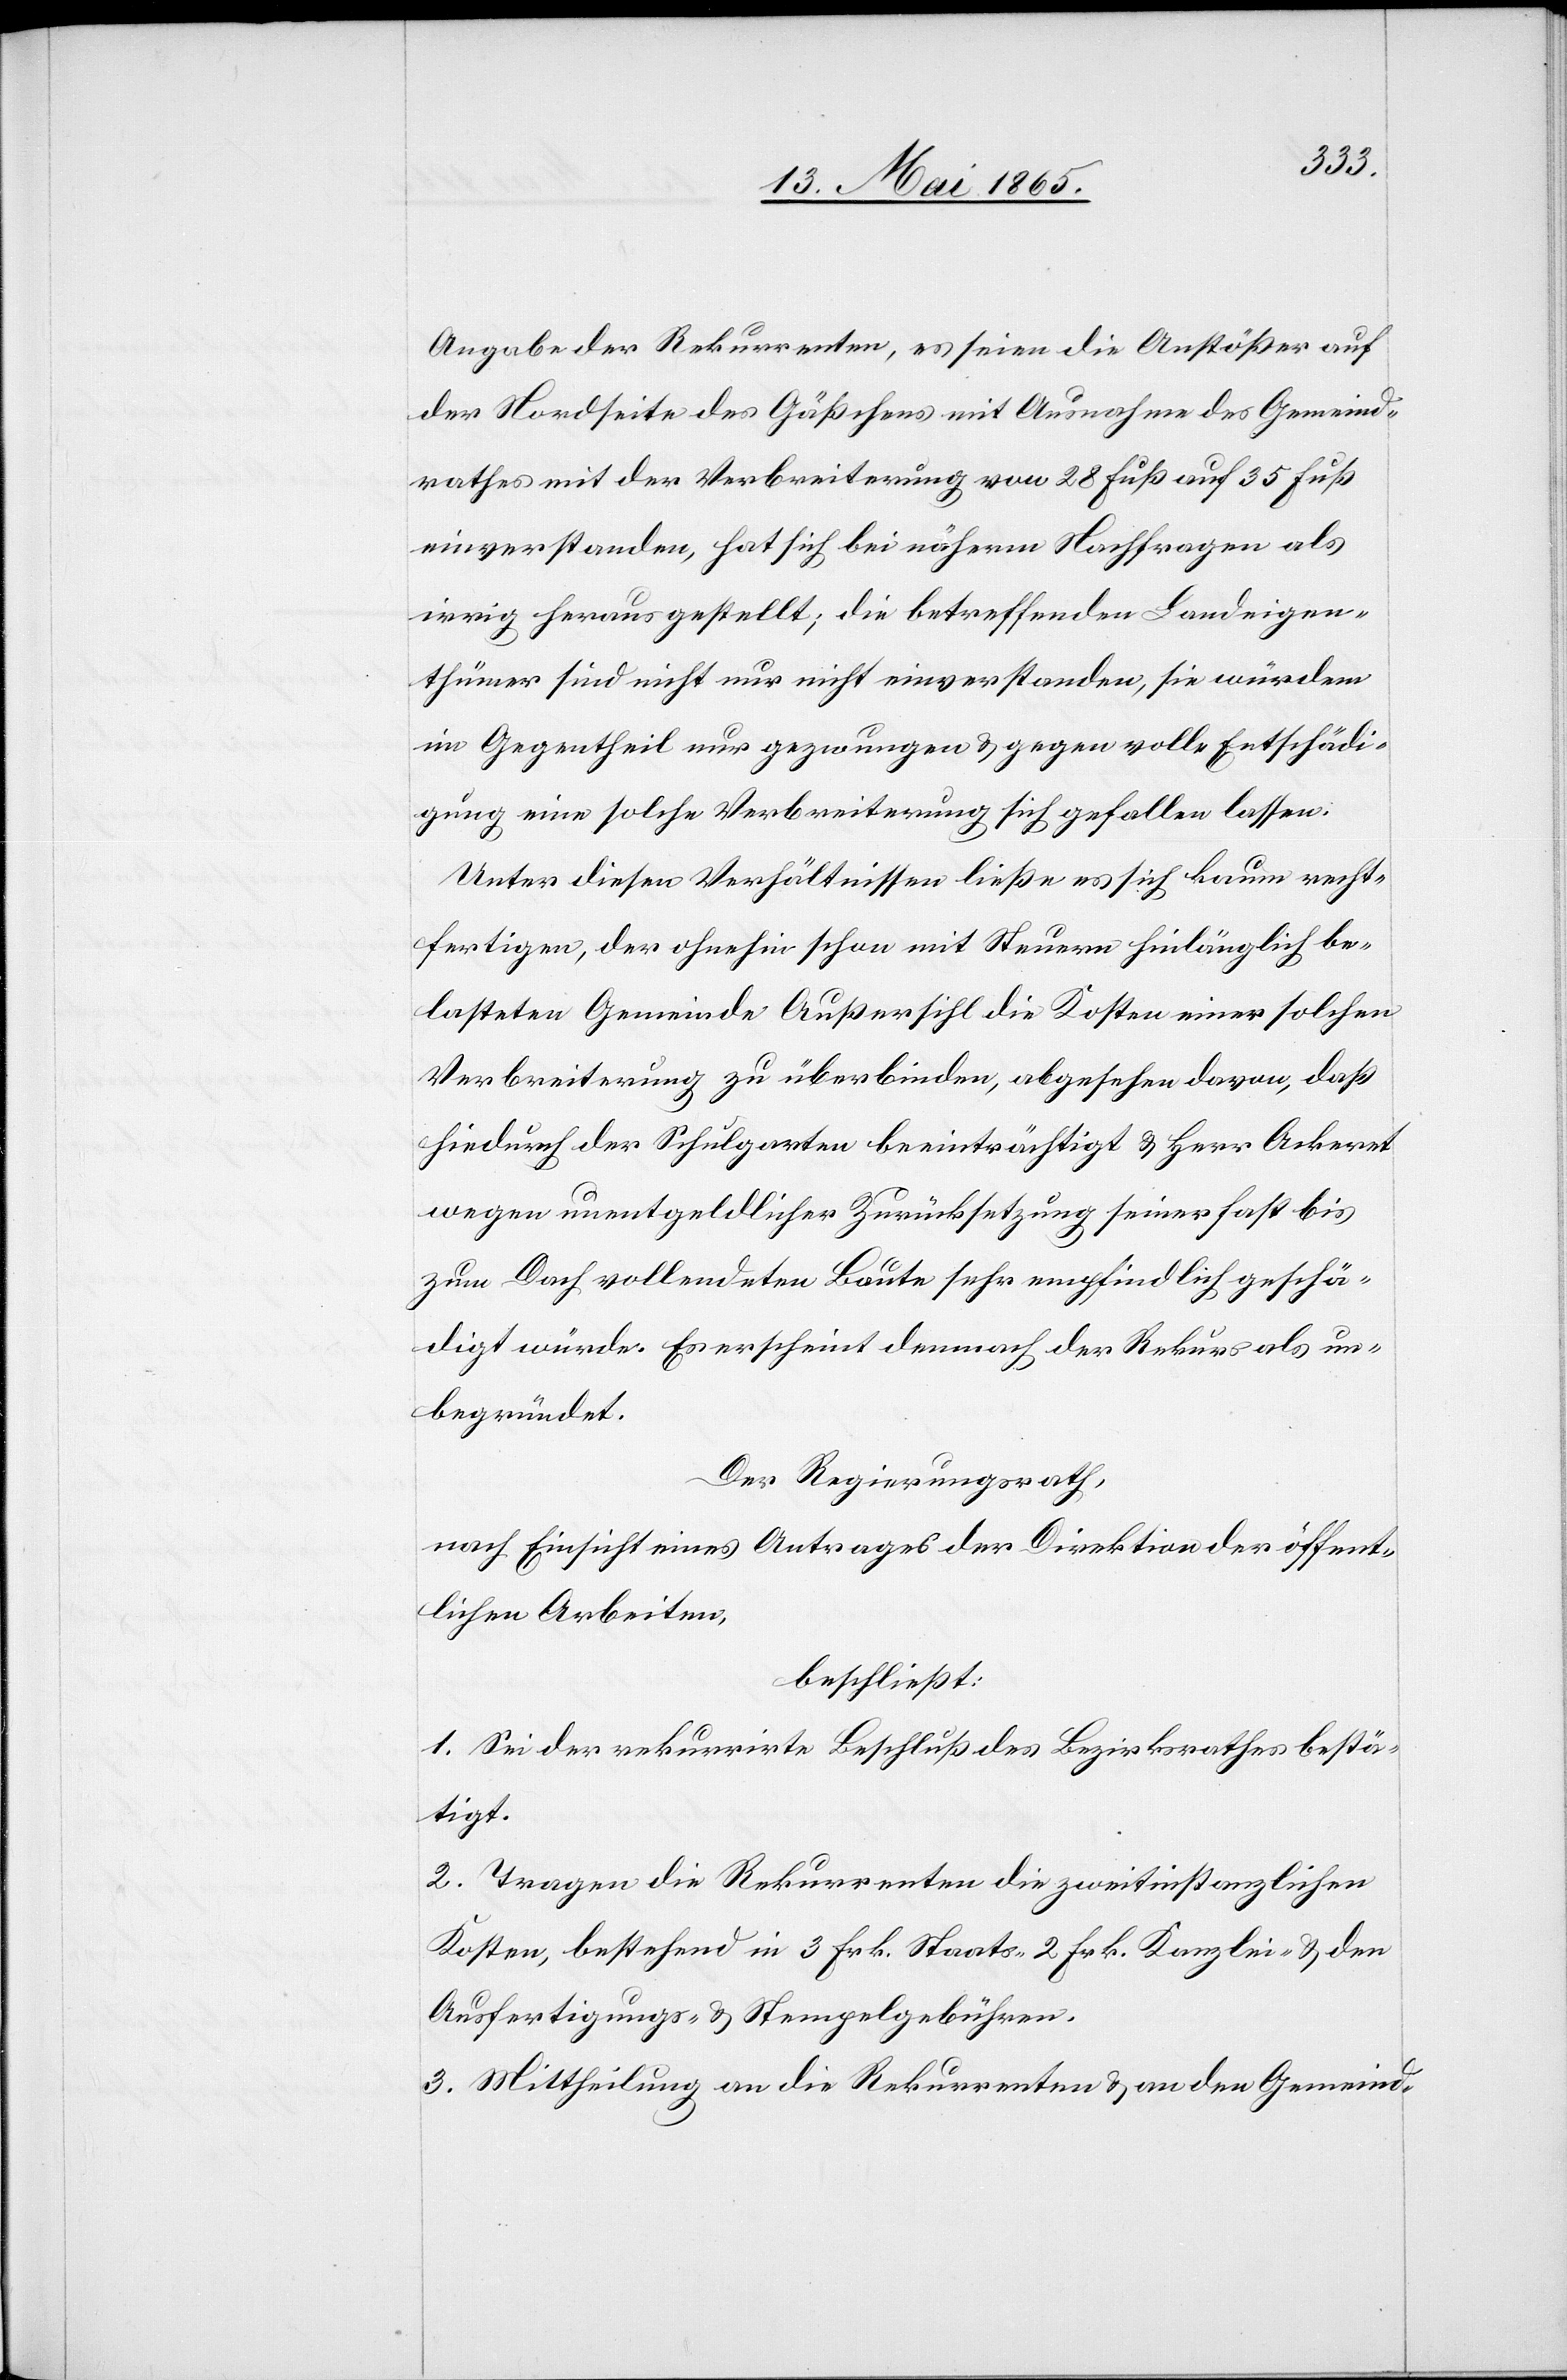
Angabe der Rekurrenten, es seien die Anstößer auf
der Nordseite des Gäßchens mit Ausnahme des Gemeind¬
rathes mit der Verbreiterung von 28 Fuß auf 35 Fuß
einverstanden, hat sich bei näherm Nachfragen als
irrig herausgestellt; die betreffenden Landeigen¬
thümer sind nicht nur nicht einverstanden, sie würden
im Gegentheil nur gezwungen & gegen volle Entschädi¬
gung eine solche Verbreiterung sich gefallen lassen.
Unter diesen Verhältnissen ließe es sich kaum recht¬
fertigen, der ohnehin schon mit Steuern hinlänglich be¬
lasteten Gemeinde Außersihl die Kosten einer solchen
Verbreiterung zu überbinden, abgesehen davon, daß
hiedurch der Schulgarten beeinträchtigt & Herr Ackeret
wegen unentgeldlicher Zurücksetzung seiner fast bis
zum Dach vollendeten Baute sehr empfindlich geschä¬
digt würde. Es erscheint demnach der Rekurs als un¬
begründet.
Der Regierungsrath,
nach Einsicht eines Antrages der Direktion der öffent¬
lichen Arbeiten,
beschließt:
1. Sei der rekurrirte Beschluß des Bezirksrathes bestä¬
tigt.
2. Tragen die Rekurrenten die zweitinstanzlichen
Kosten, bestehend in 3 Frk. Staats-[,] 2 Frk. Kanzlei- & den
Ausfertigungs- & Stempelgebühren.
3. Mittheilung an die Rekurrenten & an den Gemeind-